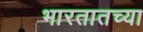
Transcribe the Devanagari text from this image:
भारतातच्या